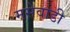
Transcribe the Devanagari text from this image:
मसेवाडी